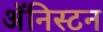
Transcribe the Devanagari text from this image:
अॅनिस्टन